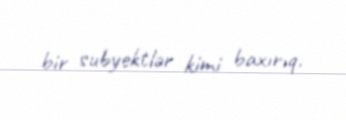
bir subyektlər kimi baxırıq.